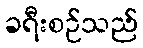
ခရီးစဉ်သည်